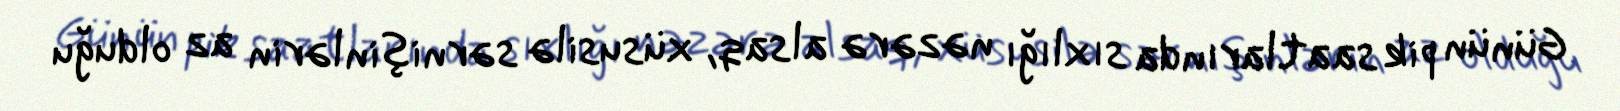
Günün pik saatlarında sıxlığı nəzərə alsaq, xüsusilə sərnişinlərin az olduğu